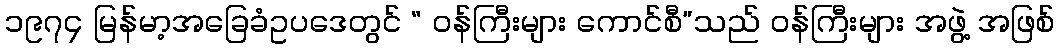
၁၉၇၄ မြန်မာ့အခြေခံဥပဒေတွင် “ ဝန်ကြီးများ ကောင်စီ”သည် ဝန်ကြီးများ အဖွဲ့ အဖြစ်